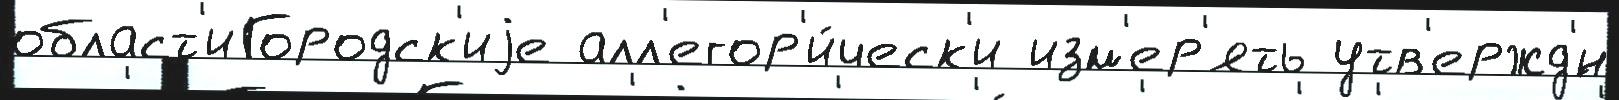
област'иГородск'иjе алл'егор'и́ческ'и изм'ер'ять утв'ержд'́н